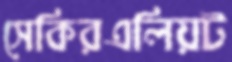
সেকিরএলিয়ট